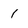
Character: 1